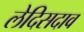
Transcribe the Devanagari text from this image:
लेदिसदाव